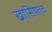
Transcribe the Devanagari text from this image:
खासियतच